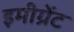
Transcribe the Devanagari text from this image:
इमीग्रेंट